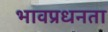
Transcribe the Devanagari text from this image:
भावप्रधनता